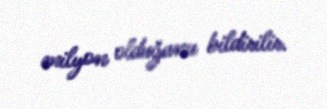
milyon olduğunu bildirilir.